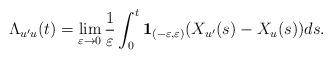
LaTeX: \begin{align*}\Lambda_{u'u}(t)=\lim_{\varepsilon\rightarrow 0}\frac 1{\varepsilon}\int_0^t{\bf 1}_{(-\varepsilon ,\varepsilon )}(X_{u'}(s)-X_u(s))ds.\end{align*}